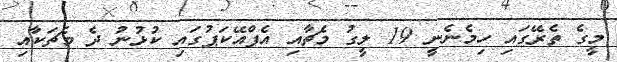
މީގެ ތެރޭގައި ހިމެނެނީ 19 ލީގު މެޗާއި އެފްއޭކަޕުގައި ކުޅުނު ދެ މެޗަކާއި